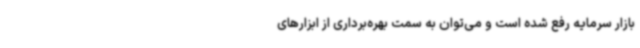
بازار سرمایه رفع شده است و می‌توان به سمت بهره‌برداری از ابزارهای